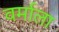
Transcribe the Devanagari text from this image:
वर्माला